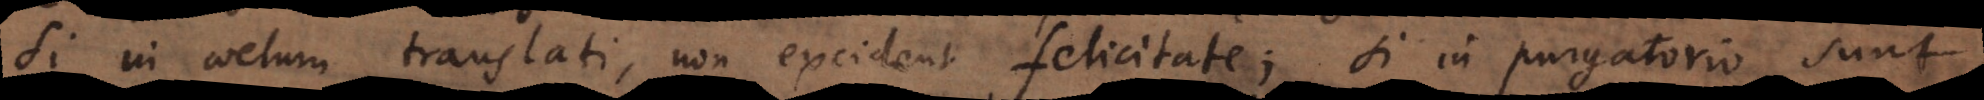
si in coelum translati, non excident felicitate; si in purgatorio sunt,